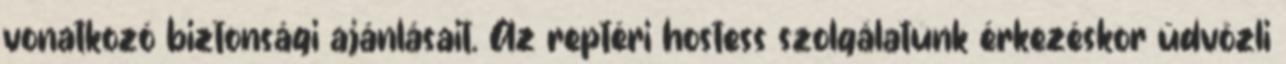
vonatkozó biztonsági ajánlásait. Az reptéri hostess szolgálatunk érkezéskor üdvözli